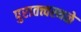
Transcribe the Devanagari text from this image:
पुरातत्त्वस्थळे